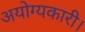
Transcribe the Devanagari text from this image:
अयोग्यकारी।